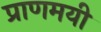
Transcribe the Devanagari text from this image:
प्राणमयी